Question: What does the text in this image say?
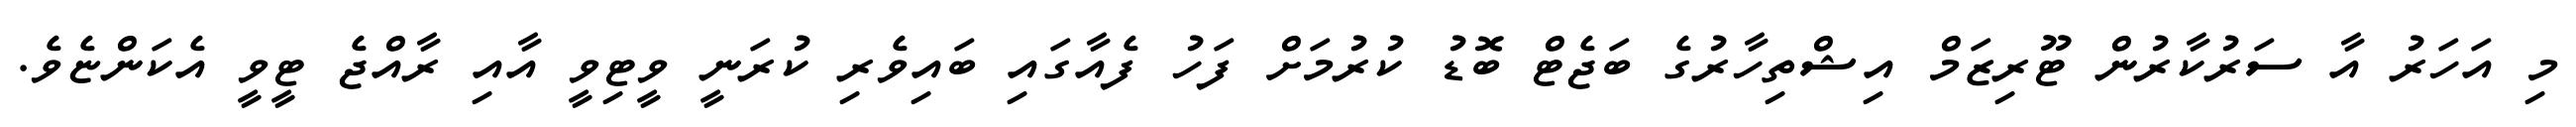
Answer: މި އަހަރު އާ ސަރުކާރުން ޓޫރިޒަމް އިޝްތިހާރުގެ ބަޖެޓް ބޮޑު ކުރުމަށް ފަހު ފެއާގައި ބައިވެރި ކުރަނީ ވީޓިވީ އާއި ރާއްޖެ ޓީވީ އެކަންޏެވެ.